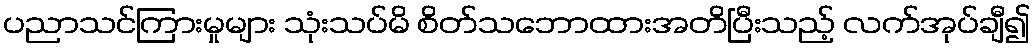
ပညာသင်ကြားမှုများ သုံးသပ်မိ စိတ်သဘောထားအတိပြီးသည့် လက်အုပ်ချီ၍